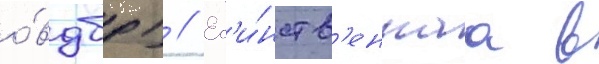
о́вдбр) // Ед'и́нств'еннаа в